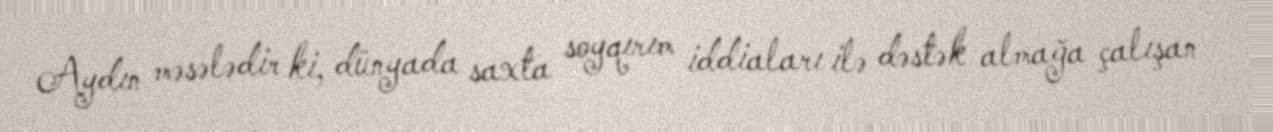
Aydın məsələdir ki, dünyada saxta soyqırım iddiaları ilə dəstək almağa çalışan